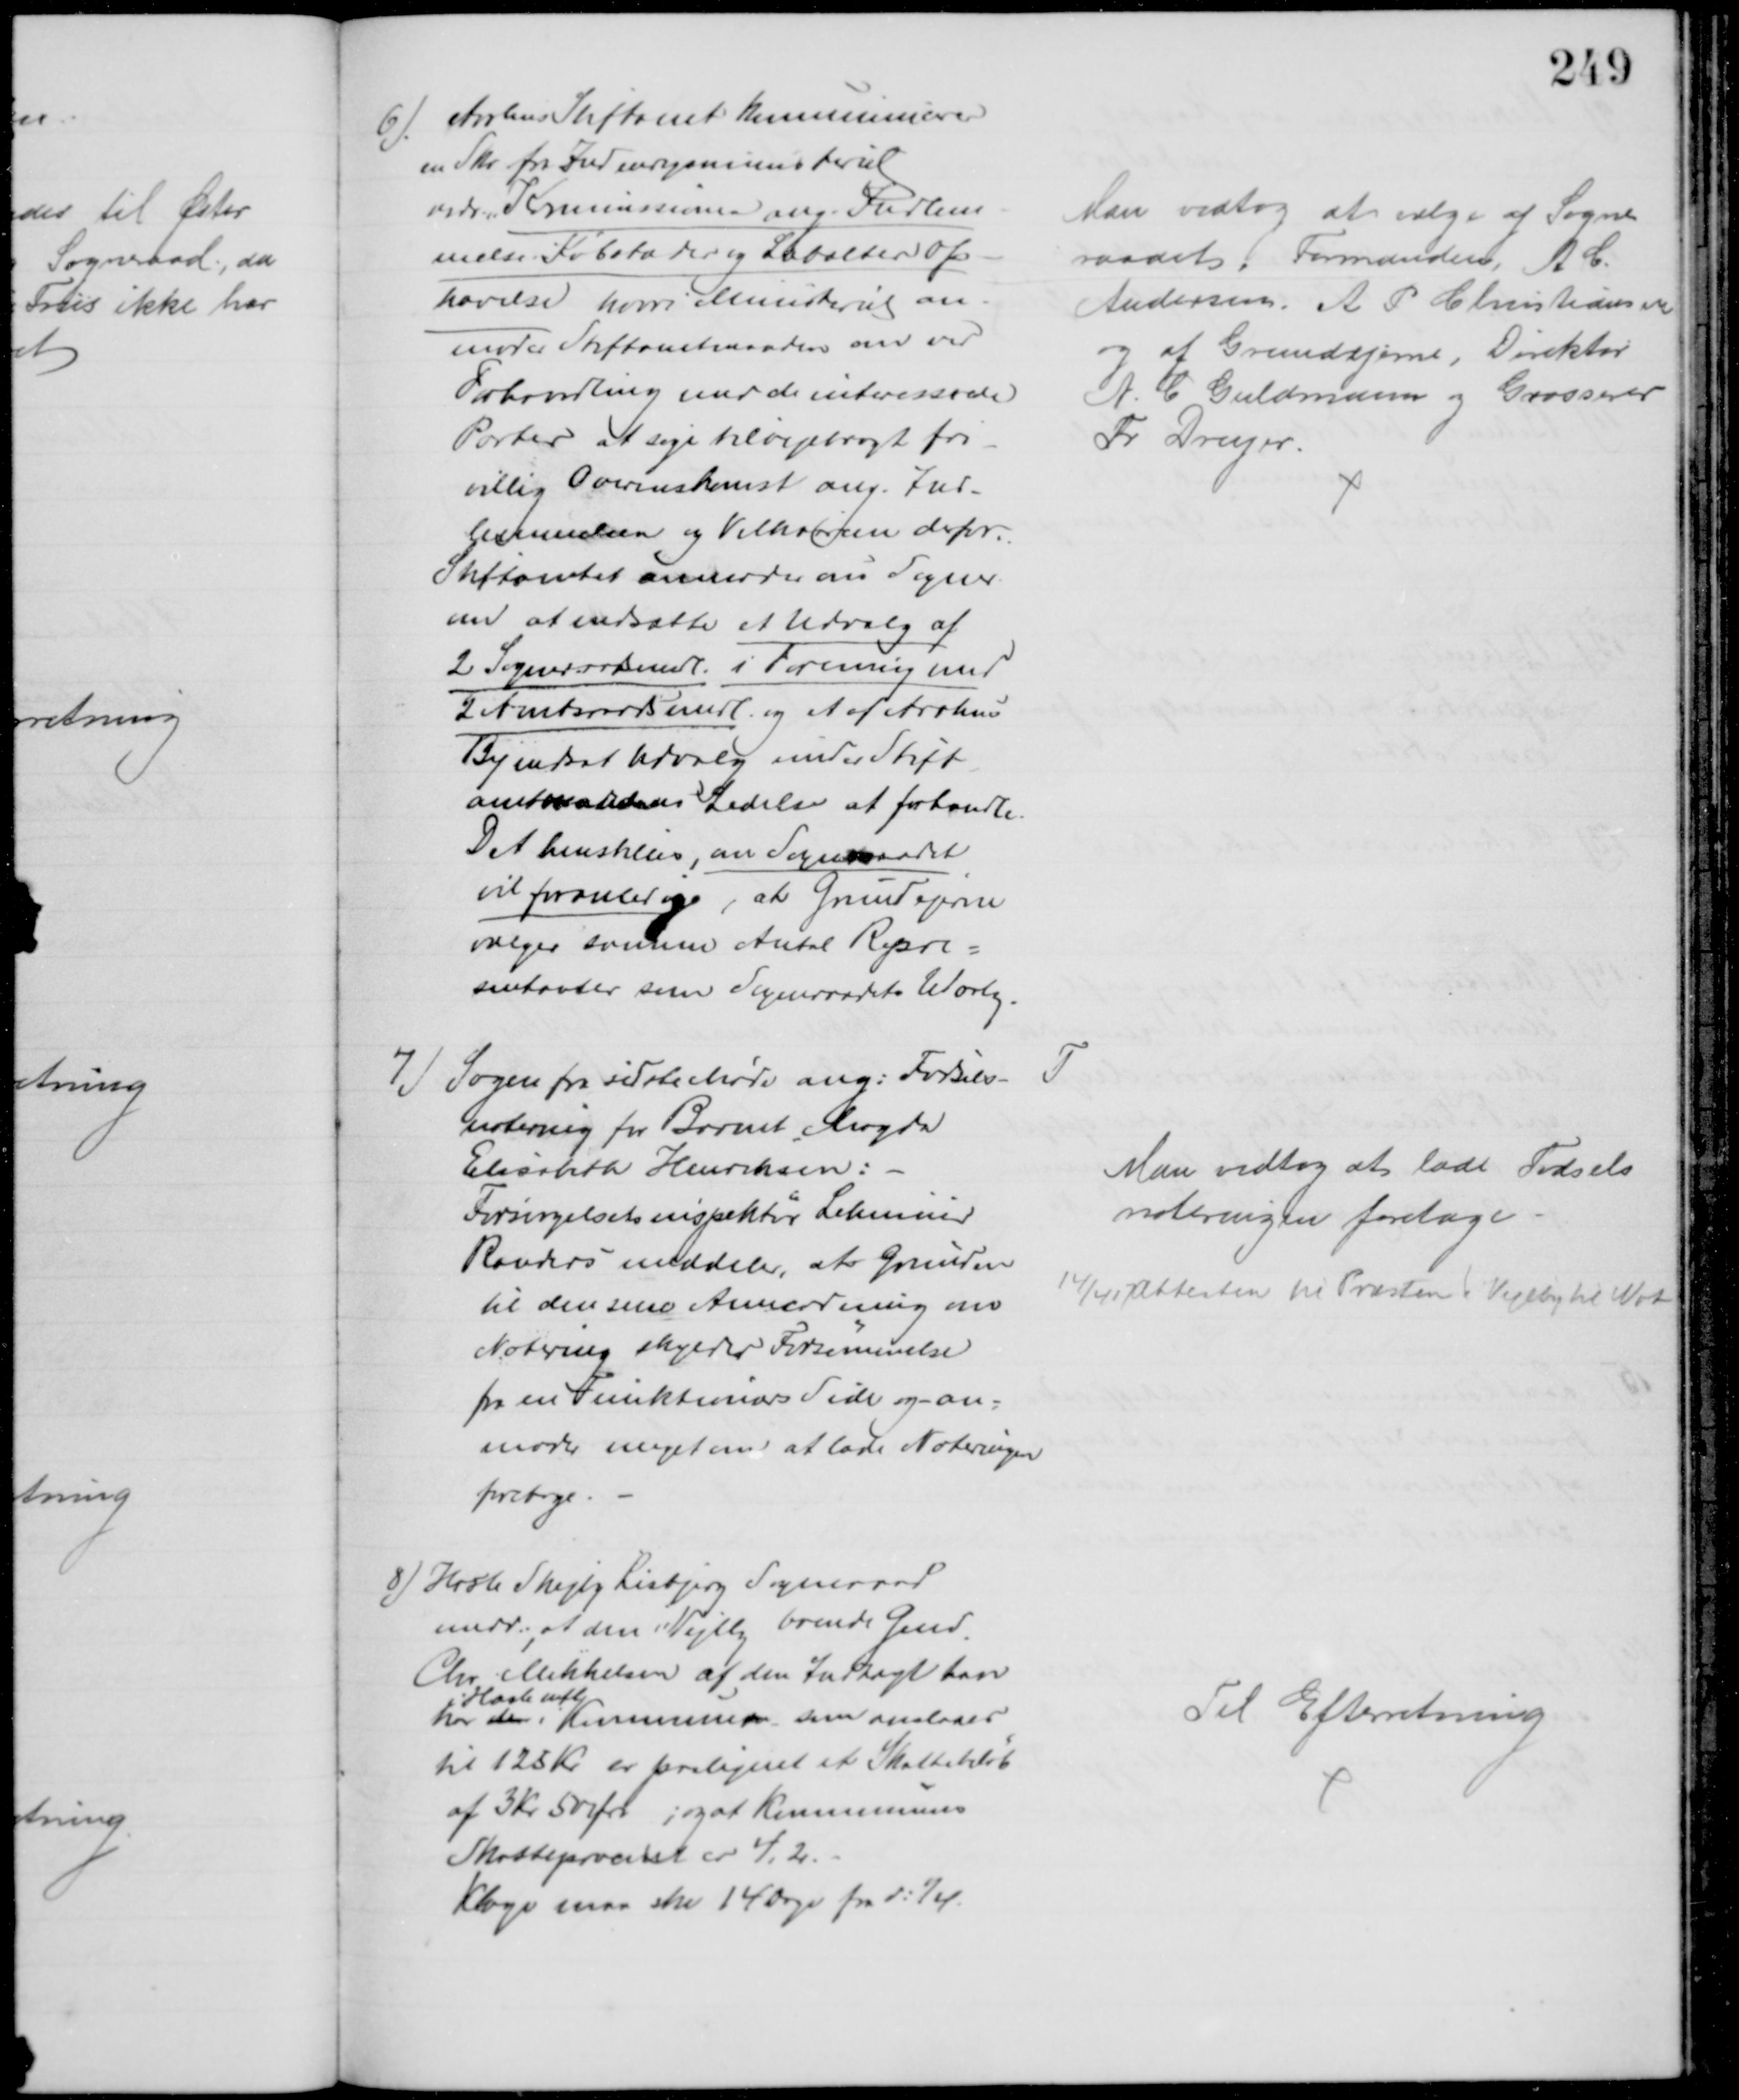
Transskription:
6) Aarhus Stiftamt kommunicerer
en Skr fra Indenrigsministeriet
vedr. "Kommissionen ang. Indlem-
melse i Købstæder og Læbælters Op
hævelse hvori Ministeriet an-
moder Stiftamtmanden om ved
Forhandling med de interesserede
Parter at søge tilvejebragt fri-
villig Overenskomst ang. Ind-
lemmelsen og Vilkaarerne derfor.
Stiftamtet anmoder om Sogner.
om at nedsætte et Udvalg af 
2 Sogneraadsmedl. i Forening med
2 Amtsraadsmedl. og et af Aarhus
By nedsat Udvalg under Stift
amtmandens Ledelse at forhandle.
Det henstilles, om Sogneraadet
vil foranledige, at Grundejerne
vælger samme Antal Repre=
sentanter som Sogneraadets Udvalg.
Man vedtog at vælge af Sogne
raadet,  Formanden, A C.
Andersen, A P Christiansen
og af Grundejerne, Direktør
N. C. Guldmann og Grosserer
Fr Dreyer.
7. Sagen fra sidste Møde ang. Fødsels-
notering for Barnet, Magda
Elisabeth Henriksen:
Forsørgelsesinspektør Lehmeier
Randers meddeler, at Grunden
til den sene Anmordning om
Notering skyldes Forsømmelse
fra en Funktionærs Side og an=
moder meget om at lade Noteringen
foretage.
T
Man vedtog at lade Fødsels
noteringen foretage
14/4 17 Attesten til Præsten i Vejlby til Not
8) Hasle Skejby Lisbjerg Sogneraad
medd:, at den i Vejlby boende Gmd.
Chr Mikkelsen af den Indtægt han
har der i 
Hasle mfl
Kommuner som anslaaes
til 125 Kr er paalignet et Skattebeløb
af 3 Kr 50 Øre, og at Kommunens
Skatteprocent er 4,2.
Klage maa ske 14 Dage fra d: 1/4.
Til Efterretning